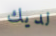
لديك